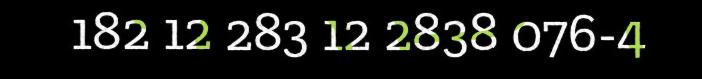
182 12 283 12 2838 076-4